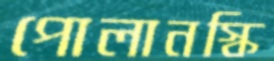
পোলানস্কি